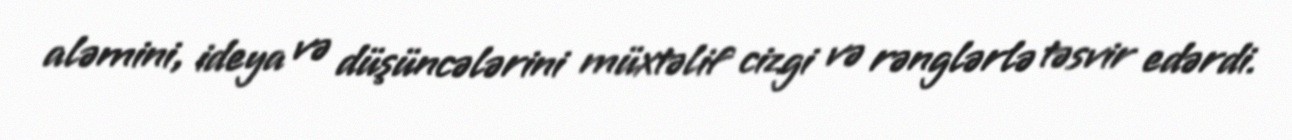
aləmini, ideya və düşüncələrini müxtəlif cizgi və rənglərlə təsvir edərdi.